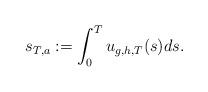
LaTeX: \begin{align*}s_{T,a}:=\int_0^T u_{g,h,T}(s)ds.\end{align*}